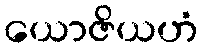
ယောဇိယဟံ